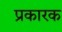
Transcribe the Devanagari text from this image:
प्रकारक